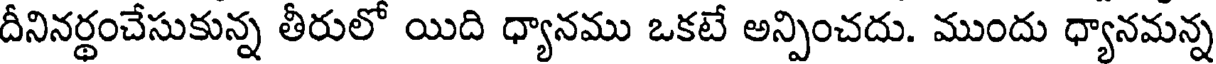
దీనినర్థంచేసుకున్న తీరులో యిది ధ్యానము ఒకటే అన్పించదు. ముందు ధ్యానమన్న